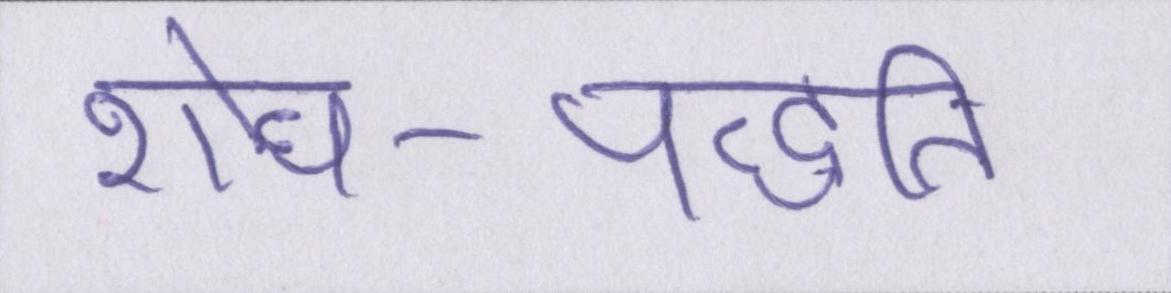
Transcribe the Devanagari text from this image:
शोध-पद्धति